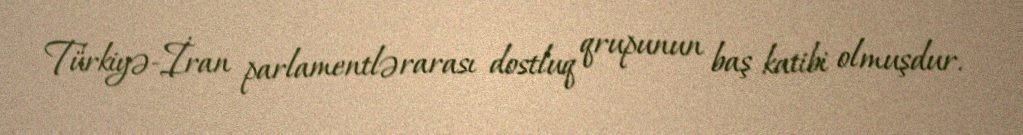
Türkiyə-İran parlamentlərarası dostluq qrupunun baş katibi olmuşdur.